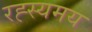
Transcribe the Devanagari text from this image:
रह्स्यमय